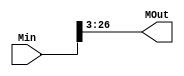
module round_6 (Min , MOut);
input [26:0]Min;
output reg [23:0]MOut;
always@(*)
begin
    MOut = {Min[26] , Min[25:3]};
end
endmodule